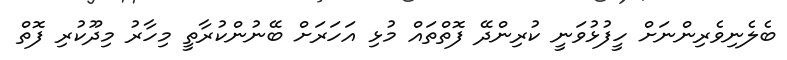
ބެލެނިވެރިންނަށް ހީފުޅުވަނީ ކުރިންދޭ ފޮތްތައް މުޅި އަހަރަށް ބޭނުންކުރާތީ މިހާރު މިދޫކުރި ފޮތް